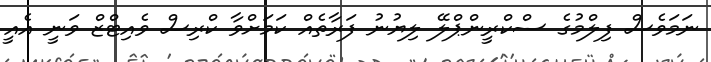
ނަމަވެސް ފިލްމުގެ ސްކްރީންޕްލޭ ލިޔުނު ފަރާތެއް ކަމަށްވާ ކްރިސް ވެއިޓްޒް ވަނީ އެއީ